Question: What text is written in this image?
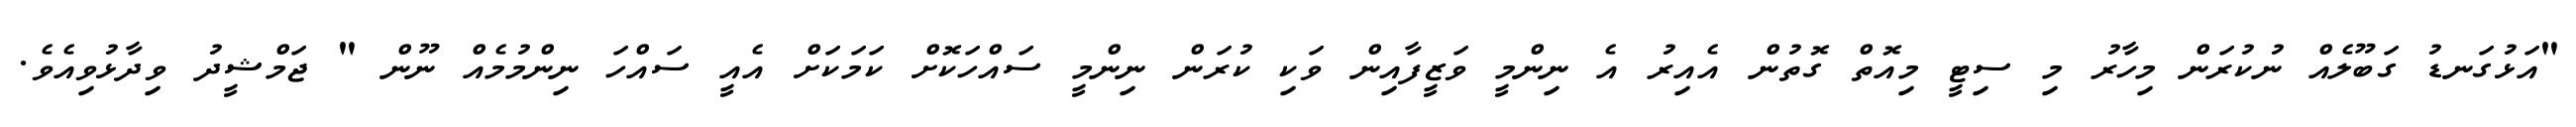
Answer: "އަޅުގަނޑު ގަބޫލެއް ނުކުރަން މިހާރު މި ސިޓީ މިއޮތް ގޮތުން އެއިރު އެ ނިންމީ ވަޒީފާއިން ވަކި ކުރަން ނިންމީ ސައްހަކޮށް ކަމަކަށް އެއީ ސައްހަ ނިންމުމެއް ނޫން " ޖަމްޝީދު ވިދާޅުވިއެވެ.